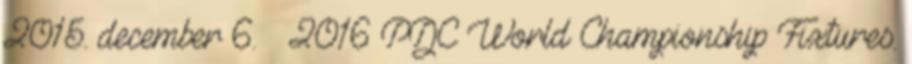
2015. december 6. ↑ 2016 PDC World Championship Fixtures.